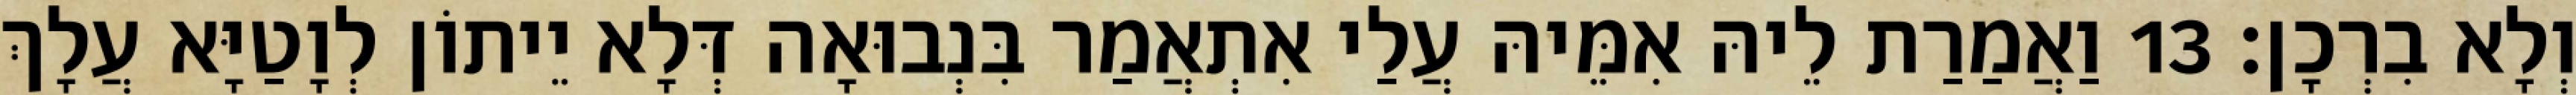
וְלָא בִרְכָן׃ 13 וַאֲמַרַת לֵיהּ אִמֵּיהּ עֲלַי אִתְאֲמַר בִּנְבוּאָה דְּלָא יֵיתוֹן לְוָטַיָּא עֲלָךְ